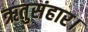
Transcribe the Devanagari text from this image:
ऋतुसंहार।